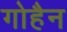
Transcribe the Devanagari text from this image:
गोहैन